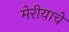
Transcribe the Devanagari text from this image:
मेरीयाचे